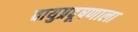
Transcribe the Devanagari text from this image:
वायुप्रदूषणाला